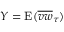
Y = \mathrm { E } ( \overline { { v w } } _ { \tau } )